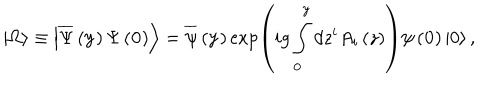
LaTeX: \left| \Omega \right\rangle \equiv \left| \overline { { \Psi } } \left( { \bf y } \right) \Psi \left( { \bf 0 } \right) \right\rangle = \overline { { \psi } } \left( { \bf y } \right) \exp \left( { i g \int _ { \bf 0 } ^ { \bf y } { d z ^ { i } A _ { i } \left( z \right) } } \right) \psi \left( { \bf 0 } \right) \left| 0 \right\rangle ,